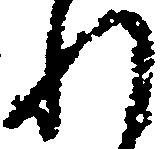
れ